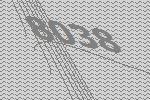
8038